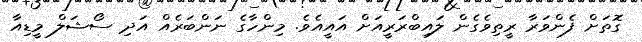
ގޮތަށް ފެންވަރާ ރީތިވެގެން ލައިބްރަރީއަށް އައީއެވެ. މިންހާގެ ނަންބަރެއް އަދި ސޯޝަލް މީޑިއާ